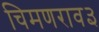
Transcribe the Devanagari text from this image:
चिमणराव३